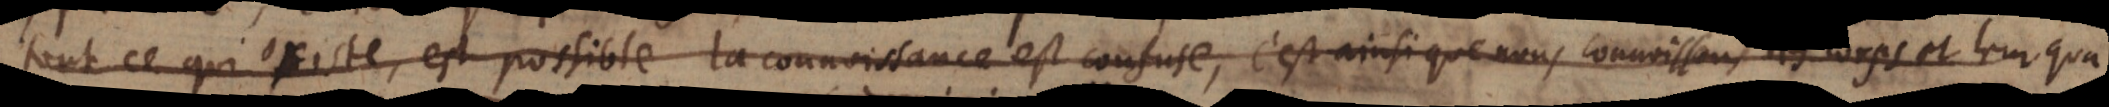
tout ce qui existe, est possible, la connoissance est confuse, c’est ainsi que nous connoissons les corps et leur